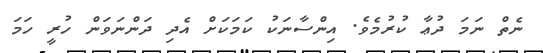
ނެތް ނަމަ ދުޢާ ކުރުމެވެ. އިންސާނަކު ކަމަކަށް އެދި ދަންނަވަން ހުރީ ހަމަ